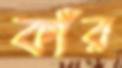
কাঁর